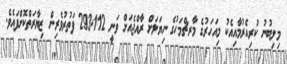
މިލިބުނު ކުރިއެރުމާއިއެކު މިއަހަރުގެ މާރޗްމަހުގެ ނިޔަލަށް ރާއްޖެއަށް ވަނީ 293